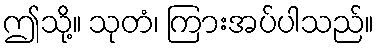
ဤသို့။ သုတံ၊ ကြားအပ်ပါသည်။